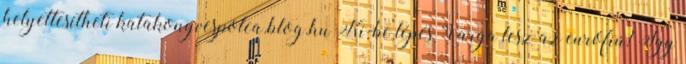
helyettesítheti katakonyvespolca.blog.hu Ki-be lépés Varga lesz az eurófiú? Így